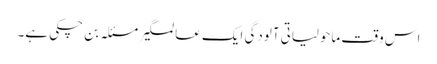
اس وقت ماحولیاتی آلودگی ایک عالمگیر مسئلہ بن چکی ہے۔